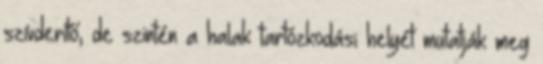
szívderítő, de szintén a halak tartózkodási helyét mutatják meg